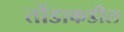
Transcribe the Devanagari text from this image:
तोंडाकडील